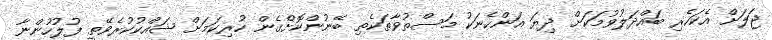
ޖަލަށް އެކަހެރި ބައްދަލުވުމަކަށް ދިޔަ އަންހެނަކު މަސްތުވާތަކެތި ބޭނުންކޮށްގެން ހުރިކަމަށް ޝައްކުކުރެވޭތީ ފުލުހުންނާ